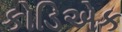
કોડિએક